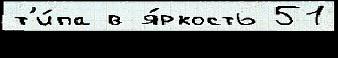
т'и́па в я́ркость 51